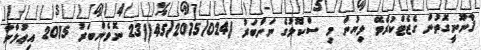
ޤާނޫނީގޮތުން ގެޒެޓްކުރެވޭ ލިޔުން މި ސްކޫލުގެ ނަންބަރު )45/2015/024)(23 ނޮވެންބަރު 2015 އިޢުލާނާ